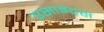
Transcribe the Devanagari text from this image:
एसाइट्स